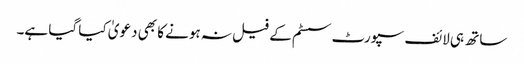
ساتھ ہی لائف سپورٹ سسٹم کے فیل نہ ہونے کا بھی دعویٰ کیا گیا ہے۔